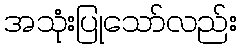
အသုံးပြုသော်လည်း